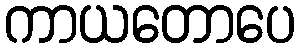
ကာယတောပေ